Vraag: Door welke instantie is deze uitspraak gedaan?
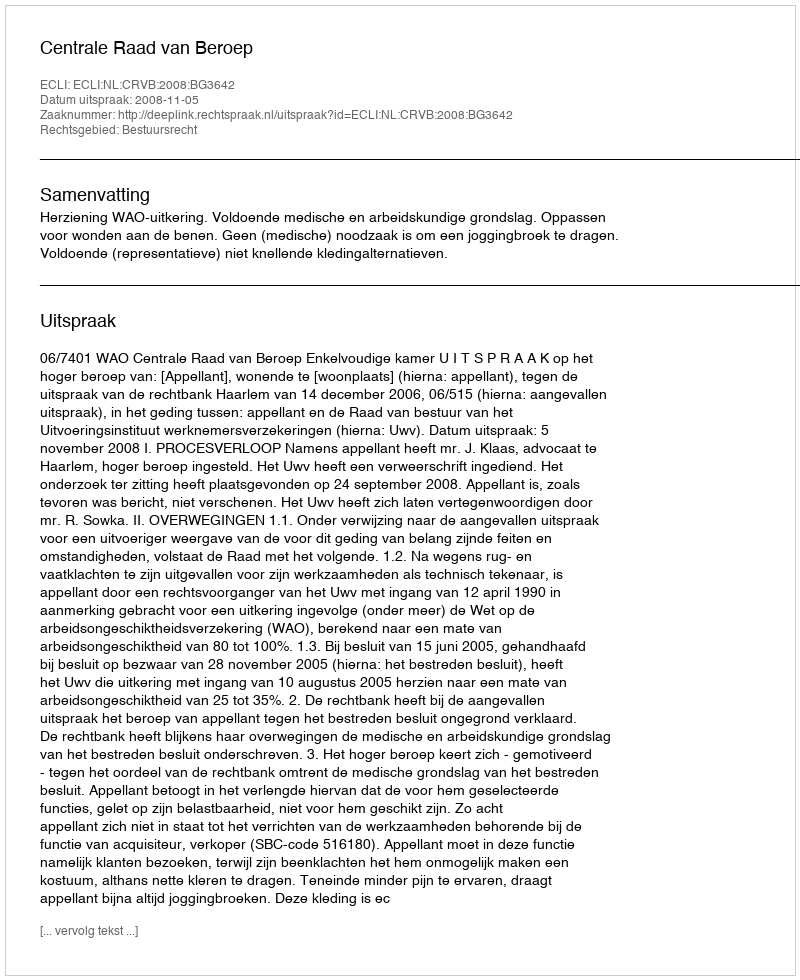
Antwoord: Centrale Raad van Beroep